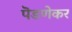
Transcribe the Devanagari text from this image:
पॆडणेकर